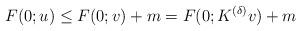
LaTeX: \begin{align*}F(0;u) \le F(0;v)+m =F(0; K^{(\delta)}v)+m\end{align*}